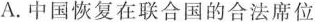
A.中国恢复在联合国的合法席位